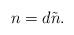
LaTeX: \begin{align*}n=d\tilde n.\end{align*}